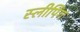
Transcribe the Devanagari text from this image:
स्‍लीपिंग